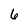
Character: 6